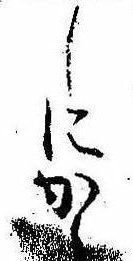
しにかゝ